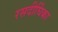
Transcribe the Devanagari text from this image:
रसदीर्घिका